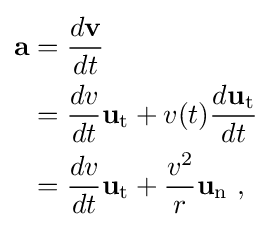
{\begin{alignedat}{3}\mathbf {a} &={\frac {d\mathbf {v} }{dt}}\\&={\frac {dv}{dt}}\mathbf {u} _{\mathrm {t} }+v(t){\frac {d\mathbf {u} _{\mathrm {t} }}{dt}}\\&={\frac {dv}{dt}}\mathbf {u} _{\mathrm {t} }+{\frac {v^{2}}{r}}\mathbf {u} _{\mathrm {n} }\ ,\end{alignedat}}